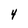
Character: 4